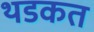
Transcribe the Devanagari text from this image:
थडकत